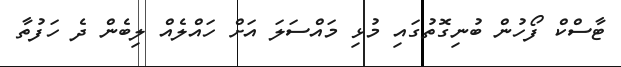
ޓާސްކް ފޯހުން ބުނިގޮތުގައި މުޅި މައްސަލަ އަށް ހައްލެއް ލިބެން ދެ ހަފުތާ